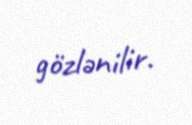
gözlənilir.